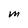
Character: M